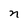
Character: n